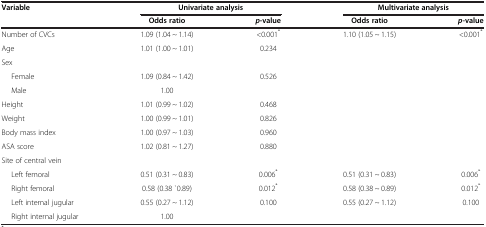
<table><thead><tr><td><b>Variable</b></td><td colspan="2"><b>Univariate analysis</b></td><td colspan="2"><b>Multivariate analysis</b></td></tr><tr><td><b> </b></td><td><b>Odds ratio</b></td><td><b><i>p</i>-value</b></td><td><b>Odds ratio</b></td><td><b><i>p</i>-value</b></td></tr></thead><tbody><tr><td>Number of CVCs</td><td>1.09 (1.04 ~ 1.14)</td><td>&lt;0.001<sup>*</sup></td><td>1.10 (1.05 ~ 1.15)</td><td>&lt;0.001<sup>*</sup></td></tr><tr><td>Age</td><td>1.01 (1.00 ~ 1.01)</td><td>0.234</td><td> </td><td> </td></tr><tr><td>Sex</td><td> </td><td> </td><td> </td><td> </td></tr><tr><td>Female</td><td>1.09 (0.84 ~ 1.42)</td><td>0.526</td><td> </td><td> </td></tr><tr><td>Male</td><td>1.00</td><td> </td><td> </td><td> </td></tr><tr><td>Height</td><td>1.01 (0.99 ~ 1.02)</td><td>0.468</td><td> </td><td> </td></tr><tr><td>Weight</td><td>1.00 (0.99 ~ 1.01)</td><td>0.826</td><td> </td><td> </td></tr><tr><td>Body mass index</td><td>1.00 (0.97 ~ 1.03)</td><td>0.960</td><td> </td><td> </td></tr><tr><td>ASA score</td><td>1.02 (0.81 ~ 1.27)</td><td>0.880</td><td> </td><td> </td></tr><tr><td>Site of central vein</td><td> </td><td> </td><td> </td><td> </td></tr><tr><td>Left femoral</td><td>0.51 (0.31 ~ 0.83)</td><td>0.006<sup>*</sup></td><td>0.51 (0.31 ~ 0.83)</td><td>0.006<sup>*</sup></td></tr><tr><td>Right femoral</td><td>0.58 (0.38 `0.89)</td><td>0.012<sup>*</sup></td><td>0.58 (0.38 ~ 0.89)</td><td>0.012<sup>*</sup></td></tr><tr><td>Left internal jugular</td><td>0.55 (0.27 ~ 1.12)</td><td>0.100</td><td>0.55 (0.27 ~ 1.12)</td><td>0.100</td></tr><tr><td>Right internal jugular</td><td>1.00</td><td> </td><td> </td><td> </td></tr></tbody></table>